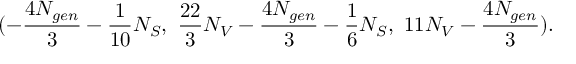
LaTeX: ( - \frac { 4 N _ { g e n } } { 3 } - \frac { 1 } { 1 0 } N _ { S } , \, \, \frac { 2 2 } { 3 } N _ { V } - \frac { 4 N _ { g e n } } { 3 } - \frac { 1 } { 6 } N _ { S } , \, \, 1 1 N _ { V } - \frac { 4 N _ { g e n } } { 3 } ) .